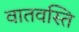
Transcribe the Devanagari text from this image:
वातवस्ति